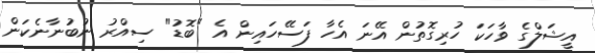
އީޝަލްގެ ވާހަކަ ހުރިގޮތުން އޭނަ އެހާ ފަސޭހައިން އެ "ބޮޑު" ސިއްރު ނުބުނާނެކަން